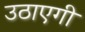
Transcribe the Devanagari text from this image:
उठाएगी